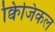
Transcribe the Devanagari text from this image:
क्विजिकल